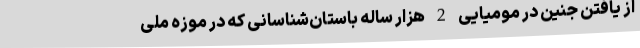
از یافتن جنین در مومیایی 2 هزار ساله باستان‌شناسانی که در موزه ملی